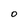
Character: 0